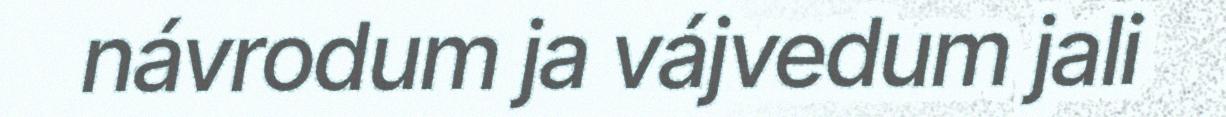
návrodum ja vájvedum jali